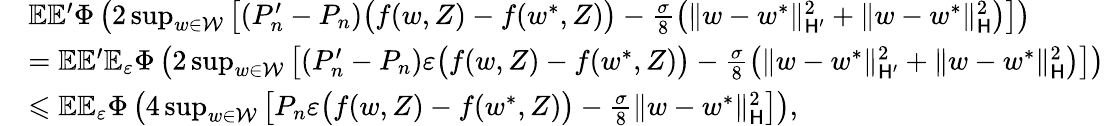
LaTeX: \begin{array}{rl}&{\mathbb E\mathbb E^{\prime}\Phi\left(2\operatorname*{sup}_{w\in\mathcal W}\left[(P_{n}^{\prime}-P_{n})\big(f(w,Z)-f(w^{*},Z)\big)-\frac{\sigma}8\left(\| w-w^{*}\| _{\mathsf H^{\prime}}^{2}+\| w-w^{*}\| _{\mathsf H}^{2}\right)\right]\right)}\\ &{=\mathbb E\mathbb E^{\prime}\mathbb E_{\varepsilon}\Phi\left(2\operatorname*{sup}_{w\in\mathcal W}\left[(P_{n}^{\prime}-P_{n})\varepsilon\big(f(w,Z)-f(w^{*},Z)\big)-\frac{\sigma}8\left(\| w-w^{*}\| _{\mathsf H^{\prime}}^{2}+\| w-w^{*}\| _{\mathsf H}^{2}\right)\right]\right)}\\ &{\leqslant\mathbb E\mathbb E_{\varepsilon}\Phi\left(4\operatorname*{sup}_{w\in\mathcal W}\left[P_{n}\varepsilon\big(f(w,Z)-f(w^{*},Z)\big)-\frac{\sigma}8\| w-w^{*}\| _{\mathsf H}^{2}\right]\right),}\end{array}